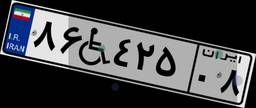
۸۶W۴۲۵۰۸